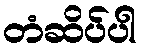
တံဆိပ်ပါ